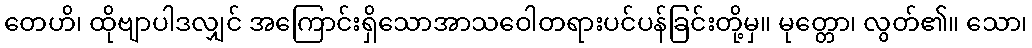
တေဟိ၊ ထိုဗျာပါဒလျှင် အကြောင်းရှိသောအာသဝေါတရားပင်ပန်ခြင်းတို့မှ။ မုတ္တော၊ လွတ်၏။ သော၊